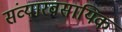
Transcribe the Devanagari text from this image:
संव्यारवसायिक